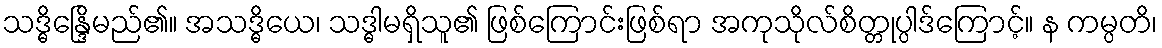
သဒ္ဓိန္ဒြေိမည်၏။ အသဒ္ဓိယေ၊ သဒ္ဓါမရှိသူ၏ ဖြစ်ကြောင်းဖြစ်ရာ အကုသိုလ်စိတ္တုပ္ပါဒ်ကြောင့်။ န ကမ္ပတိ၊